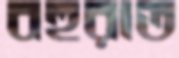
বহুরাত